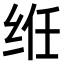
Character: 𫟃